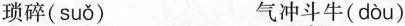
琐碎( suǒ ) 气冲斗牛( dòu )